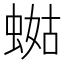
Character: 𧍏